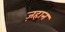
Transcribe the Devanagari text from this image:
ज़हान